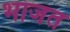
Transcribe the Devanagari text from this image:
भाजत